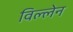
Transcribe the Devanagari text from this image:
विल्लेन